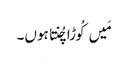
مَیں کُوڑا چُنتا ہوں۔